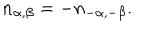
LaTeX: n _ { \alpha , \beta } = - n _ { - \alpha , - \beta } .